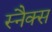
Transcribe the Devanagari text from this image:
स्‍नैक्‍स